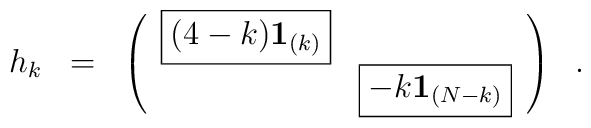
\begin{array}{ccc}{h}_{k} & = & \left( \begin{array}{cc}{\rm \fbox{$(4-k){\bf 1}_{(k)} $}}&     \\      &{\rm \fbox{$ -k {\bf 1}_{(N-k)}$}}   \\            \end{array}\right)\\\end{array}\vspace{1.cm} \ .